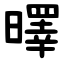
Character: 曎